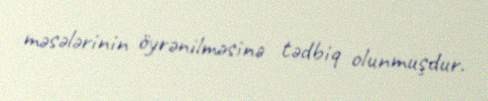
məsələrinin öyrənilməsinə tədbiq olunmuşdur.